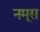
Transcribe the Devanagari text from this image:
नमूस